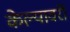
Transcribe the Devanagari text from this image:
केल्यावरी